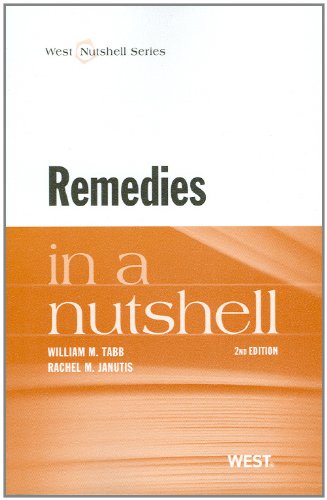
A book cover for Remedies in a Nutshell; William Tabb; Law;